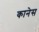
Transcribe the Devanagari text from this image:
कानेस